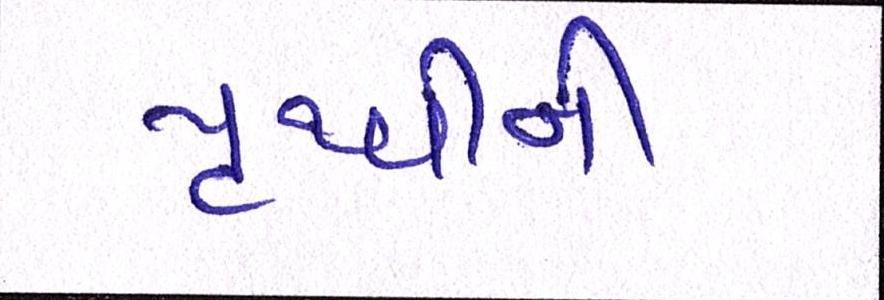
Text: પૃથ્વીની